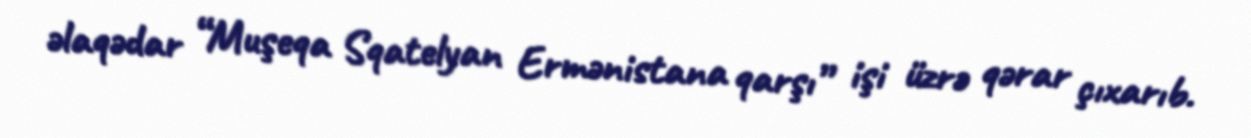
əlaqədar “Muşeqa Sqatelyan Ermənistana qarşı” işi üzrə qərar çıxarıb.